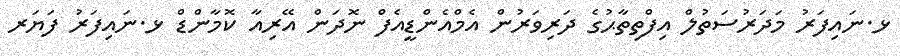
ޅ.ނައިފަރު މަދަރުސަތުލް އިފްތިތާޙުގެ ދަރިވަރުން އެމްއެންޑީއެފް ނޮދަން އޭރިއާ ކޮމާންޑް ޅ.ނައިފަރު ފަޔަރ